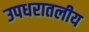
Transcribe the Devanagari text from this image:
उपधरातलीय